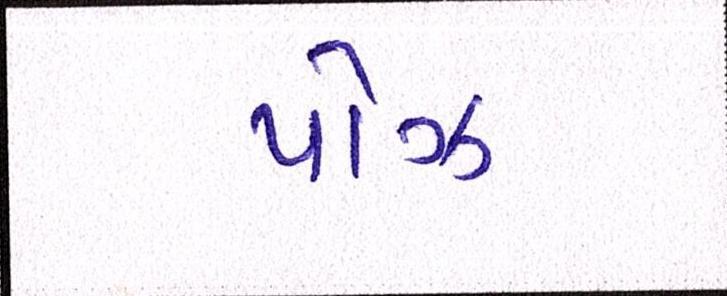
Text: પૉઝ